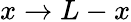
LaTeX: x\rightarrow L-x